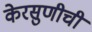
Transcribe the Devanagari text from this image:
केरसुणीची